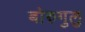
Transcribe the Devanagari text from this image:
बोरुगुलु